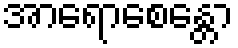
အာရောစေန္တော